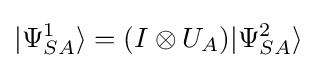
|\Psi _{SA}^{1}\rangle =(I\otimes U_{A})|\Psi _{SA}^{2}\rangle